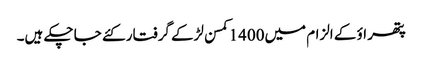
پتھر اؤ کے الزام میں1400کمسن لڑکے گرفتار کئے جا چکے ہیں۔